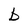
Character: b